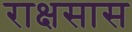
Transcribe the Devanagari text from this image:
राक्षसास